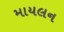
માયલન